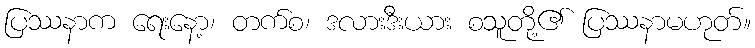
ပြဿနာက ရေးနော့၊ တက်စ၊ ဒလားဒီးယား စသူတို့၏ ပြဿနာမဟုတ်။